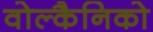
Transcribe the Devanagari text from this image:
वोल्कैनिको